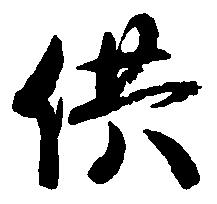
供